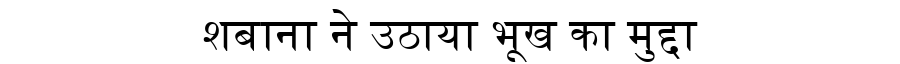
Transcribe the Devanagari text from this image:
शबाना ने उठाया भूख का मुद्दा